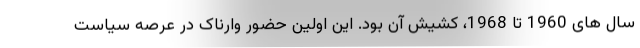
سال های 1960 تا 1968، کشیش آن بود. این اولین حضور وارناک در عرصه سیاست